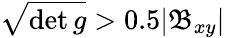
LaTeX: \sqrt{\operatorname*{det}g}>0.5|\mathfrak{B}_{xy}|